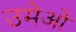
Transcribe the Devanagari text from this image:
उमेओ